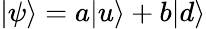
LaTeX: |\psi\rangle=a|u\rangle+b|d\rangle